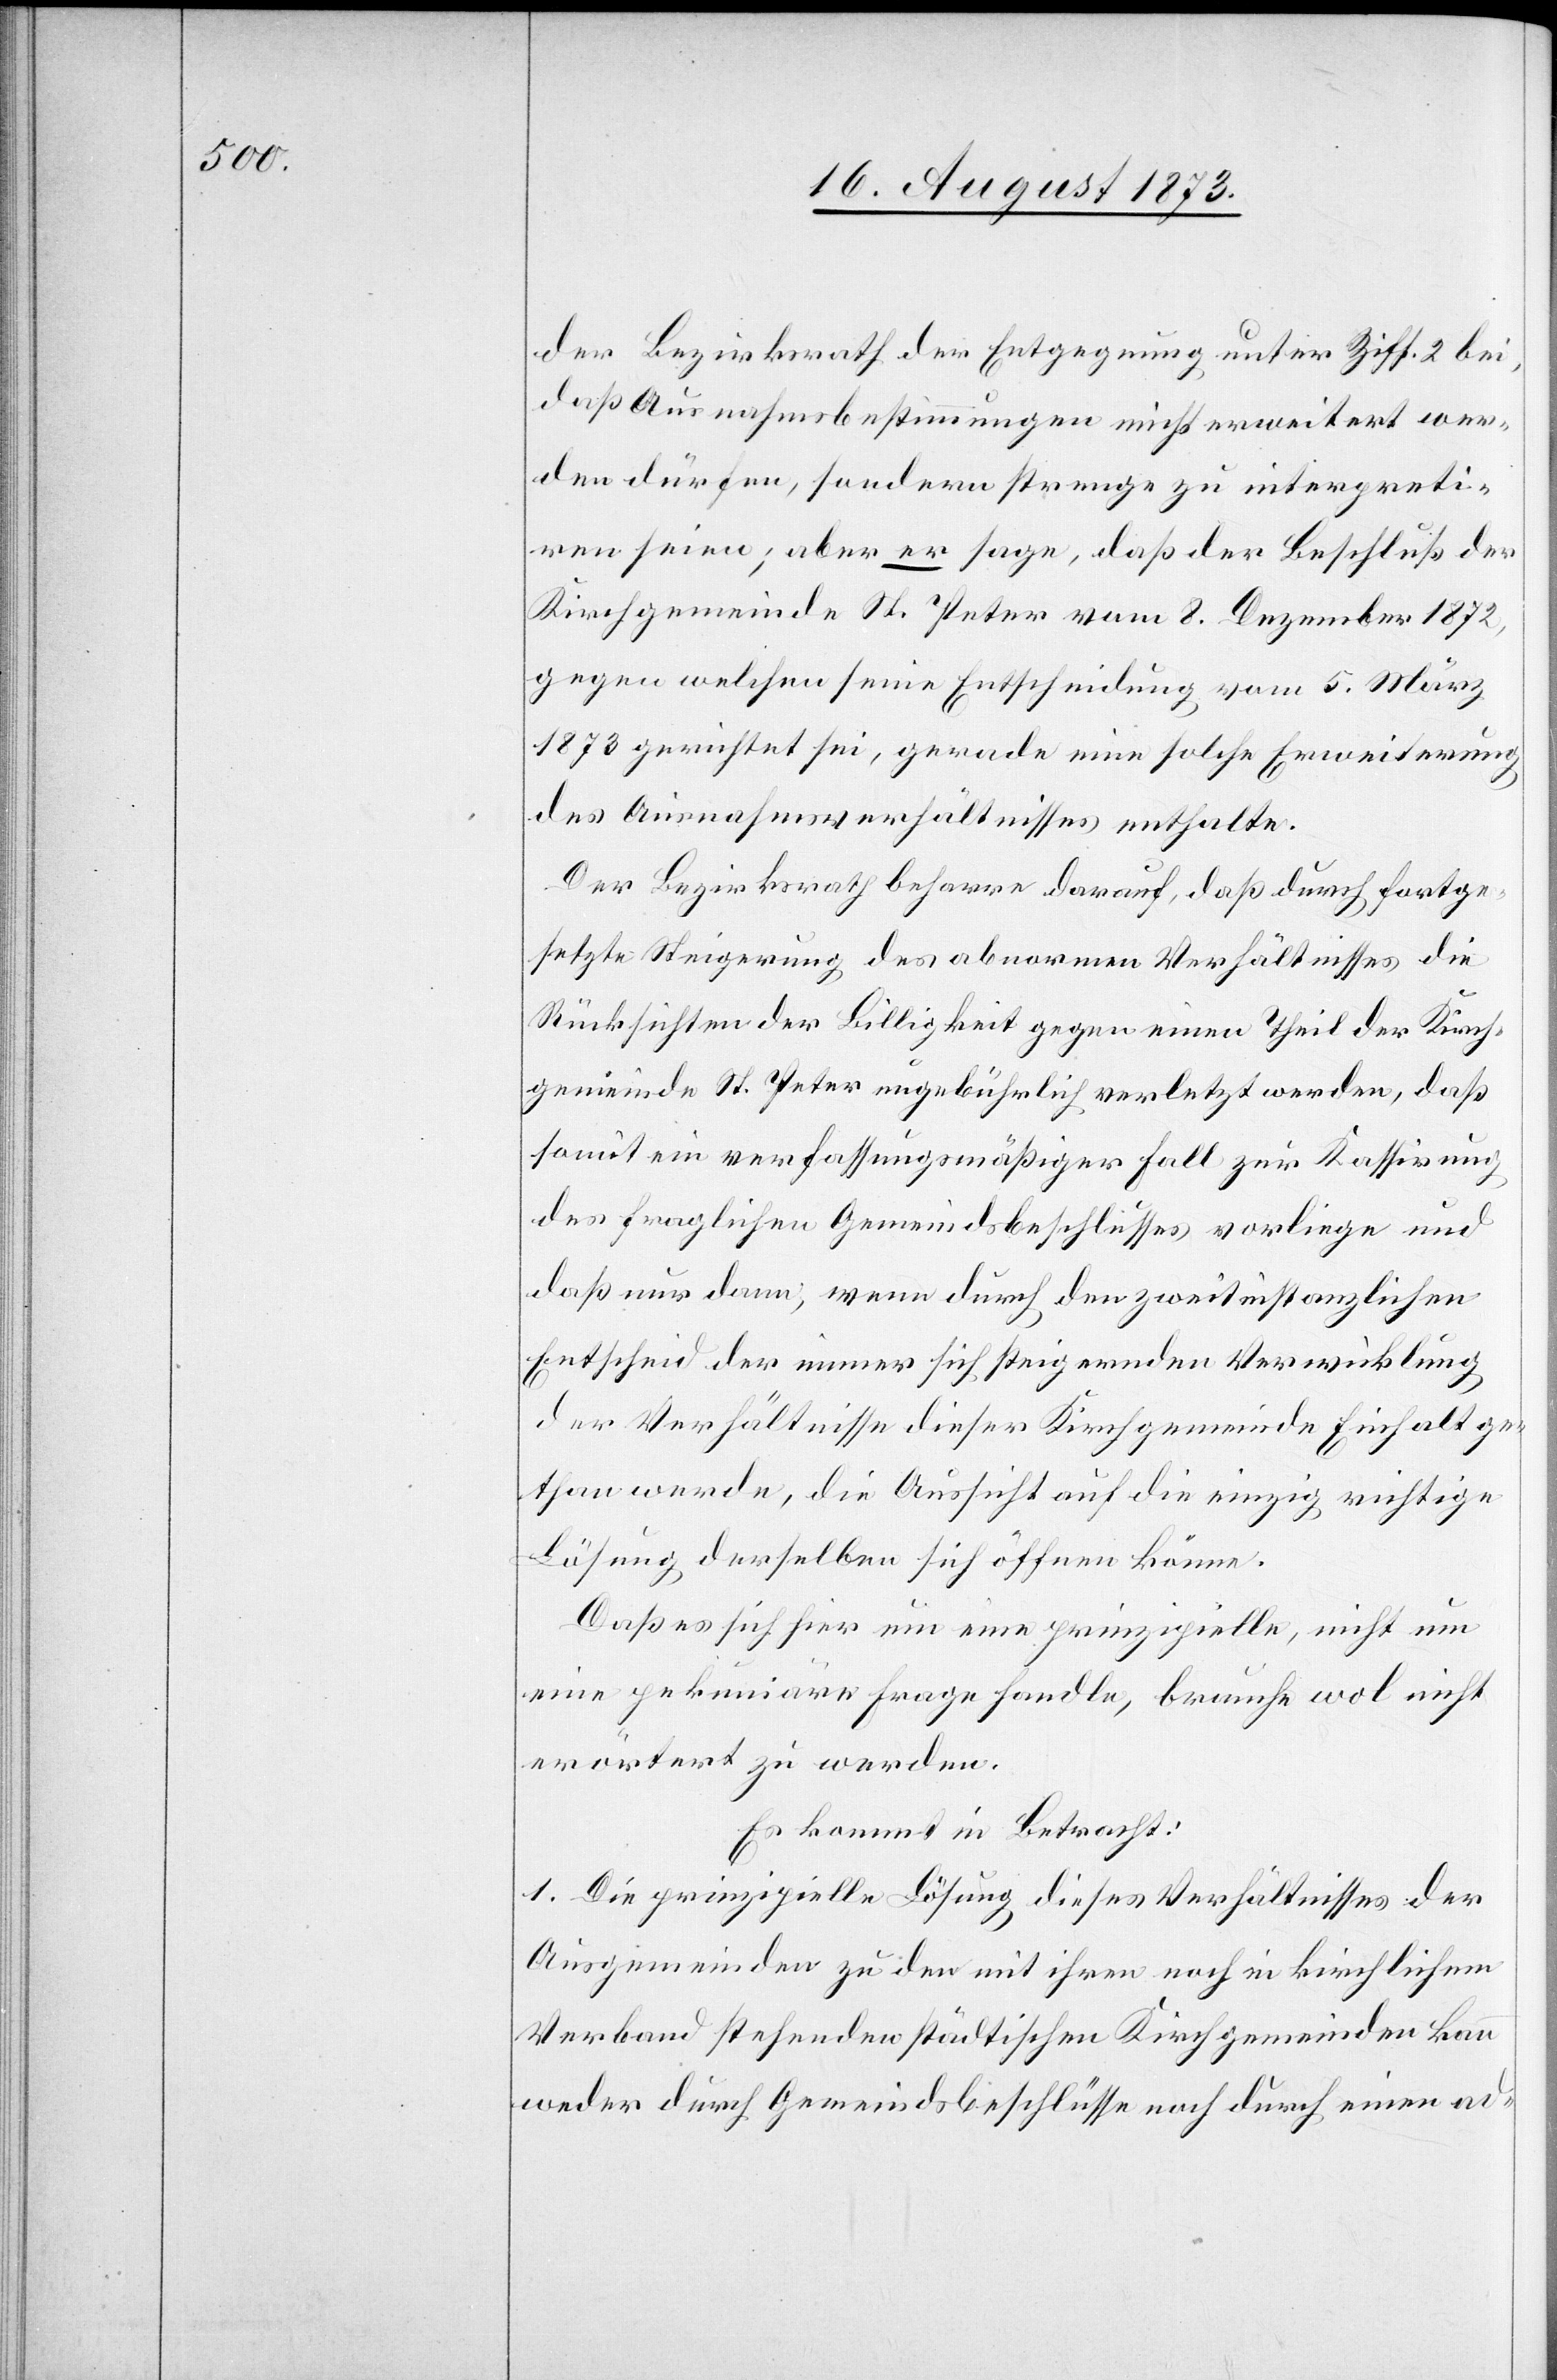
der Bezirksrath der Entgegnung unter Ziff. 2 bei,
daß Ausnahmsbestimmungen nicht erweitert wer¬
den dürfen, sondern strenge zu interpreti¬
ren seien; aber er sage, daß der Beschluß der
Kirchgemeinde St. Peter vom 8. Dezember 1872,
gegen welchen seine Entscheidung vom 5. März
1873 gerichtet sei, gerade eine solche Erweiterung
des Ausnahmsverhältnisses enthalte.
Der Bezirksrath beharre darauf, daß durch fortge¬
setzte Steigerung des abnormen Verhältnisses die
Rücksichten der Billigkeit gegen einen Theil der Kirch¬
gemeinde St. Peter ungebührlich verletzt werden, daß
somit ein verfassungsmäßiger Fall zur Kassirung
des fraglichen Gemeindsbeschlusses vorliege und
daß nur dann, wenn durch den zweitinstanzlichen
Entscheid der immer sich steigernden Verwicklung
der Verhältnisse dieser Kirchgemeinde Einhalt ge¬
than werde, die Aussicht auf die einzig richtige
Lösung derselben sich öffnen könne.
Daß es sich hier um eine prinzipielle, nicht um
eine pekuniäre Frage handle, brauche wol nicht
erörtert zu werden.
Es kommt in Betracht:
1. Die prinzipielle Lösung dieses Verhältnisses der
Ausgemeinden zu den mit ihren [sic!] noch in kirchlichem
Verband stehenden städtischen Kirchgemeinden kann
weder durch Gemeindsbeschlüsse noch durch einen ad-